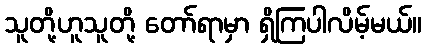
သူတို့ဟူသူတို့ တော်ရာမှာ ရှိကြပါလိမ့်မယ်။